Tartu_Juudi_Usuuhing, lk 8
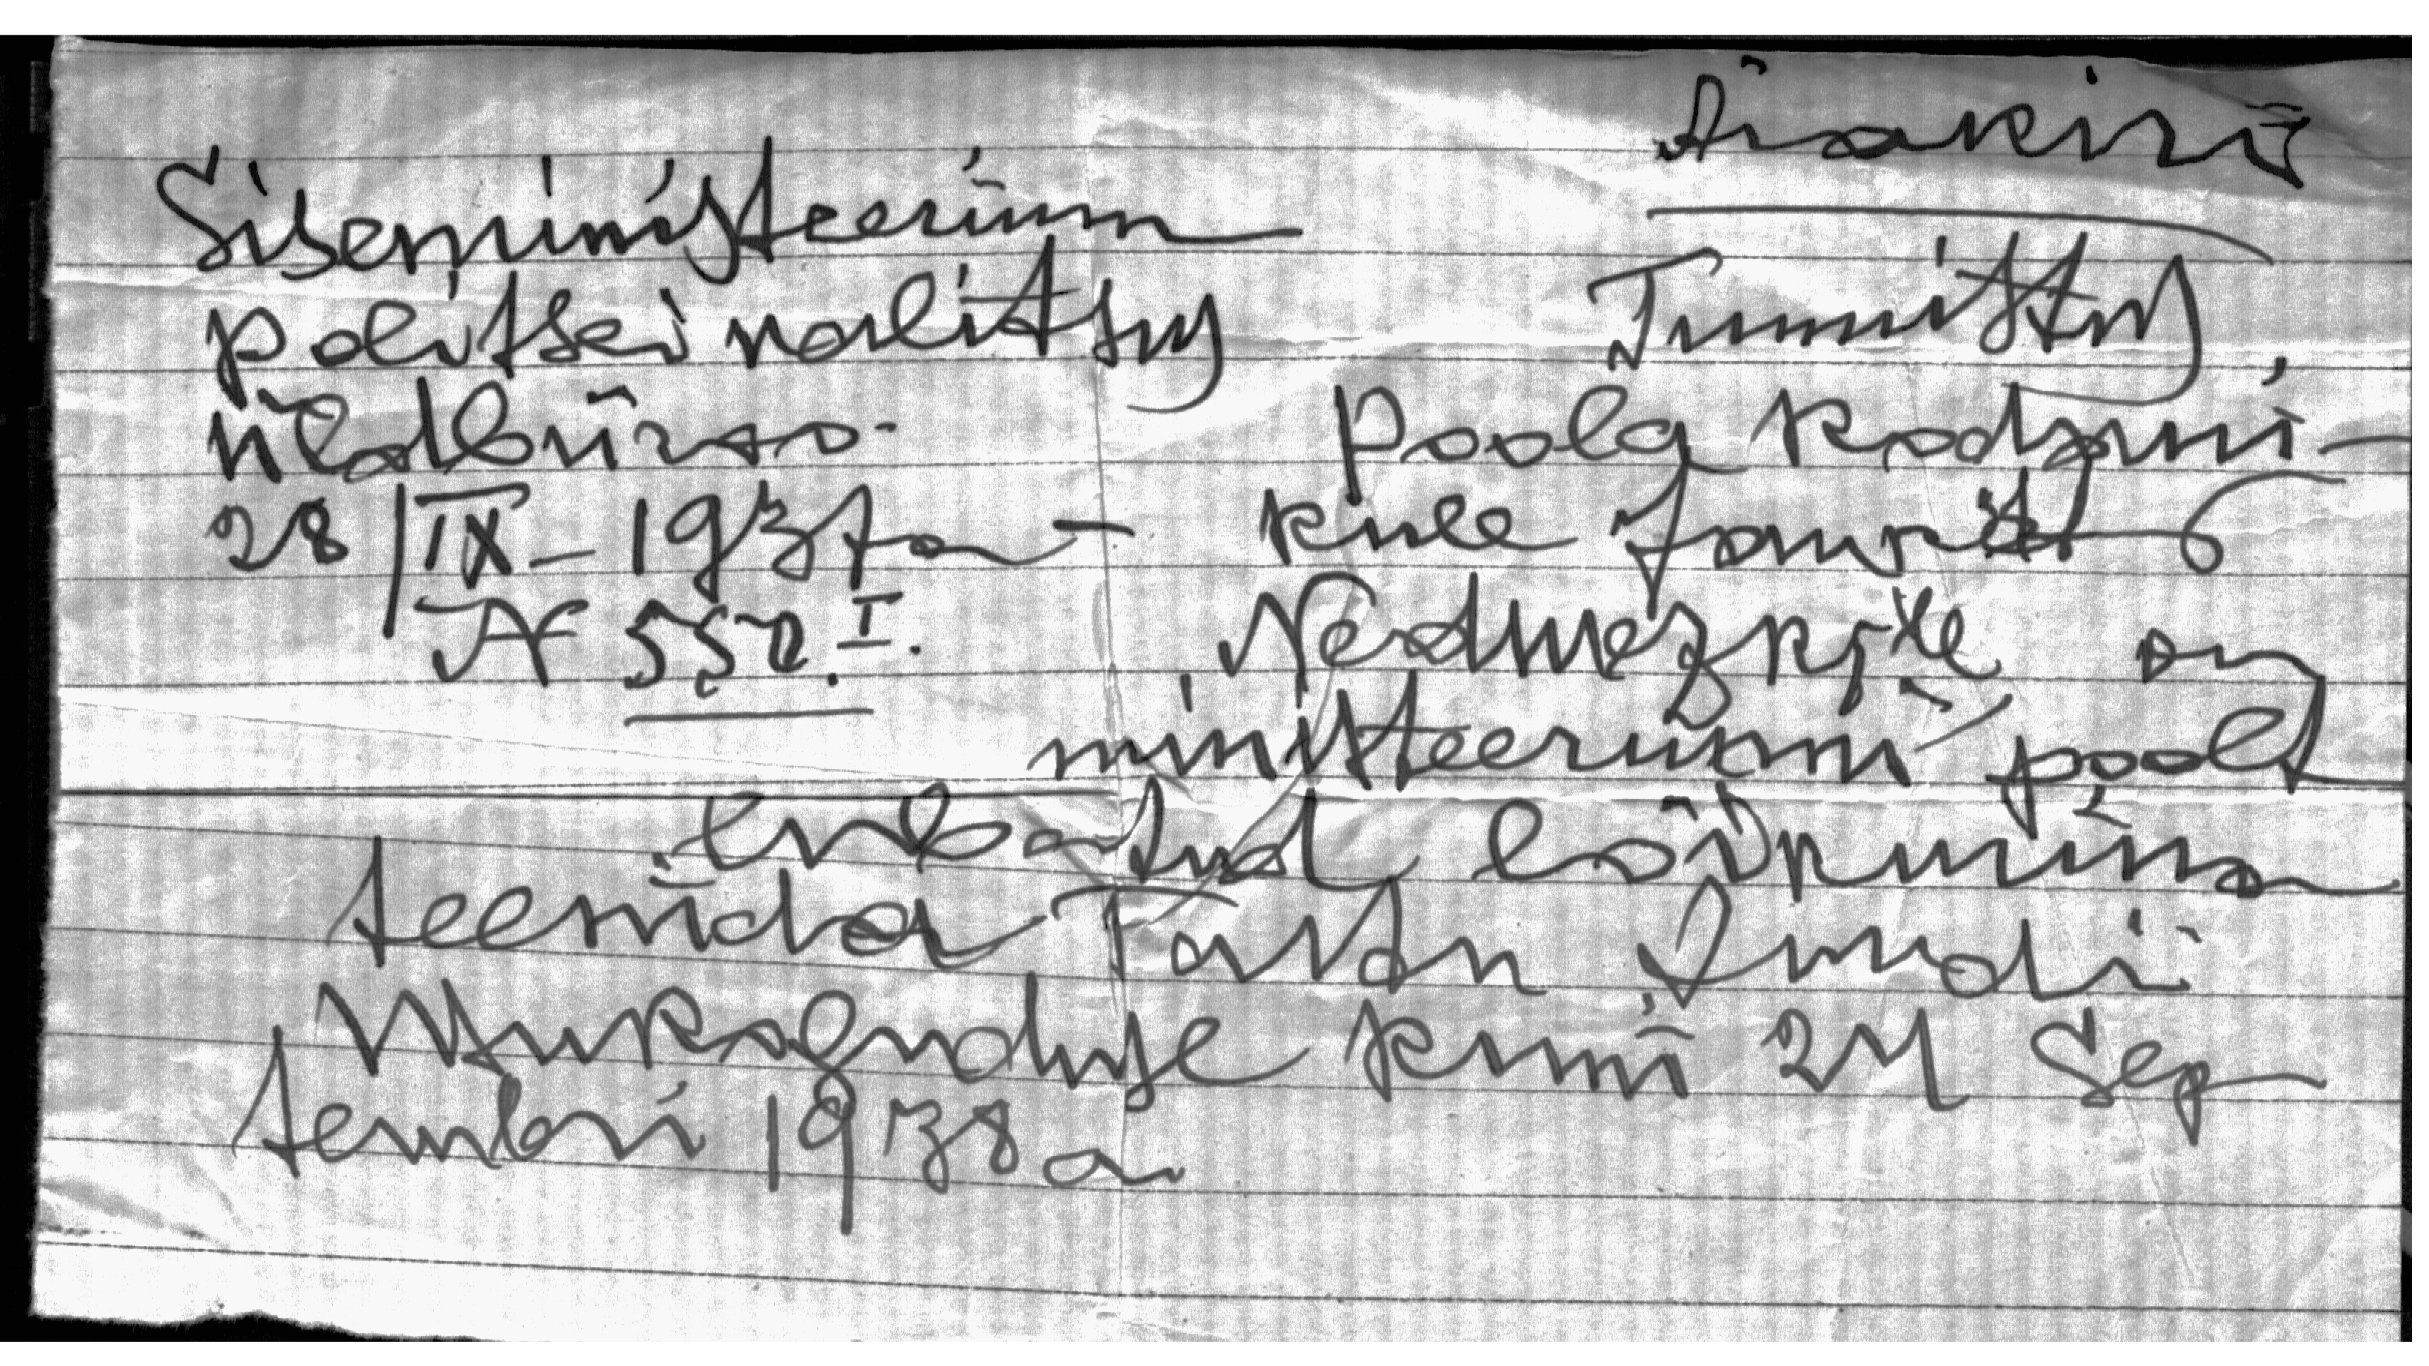
Ärakiri

Siseministeerium
politseivalitsus
Tunnistus
Üldbüroo
Poola kodani-
28/IX-1937 a
kule Jawits
N 550. I.
Nedmezkile on
ministeeriumi poolt
lubatud lõikumine
teenida Tartu Juudi
usukoguduse kuni 29 sep-
tembri 1938 a.